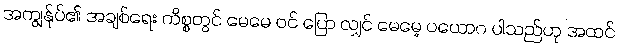
အကျွန်ုပ်၏ အချစ်ရေး ကိစ္စတွင် မေမေ ဝင် ပြော လျှင် မေမေ့ ပယောဂ ပါသည်ဟု အထင်